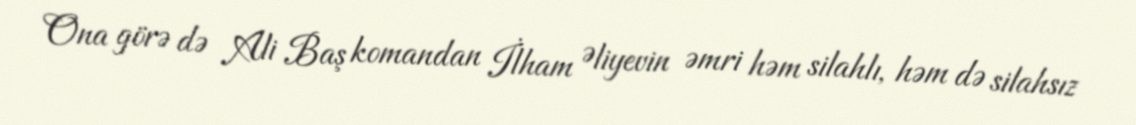
Ona görə də Ali Baş komandan İlham Əliyevin əmri həm silahlı, həm də silahsız